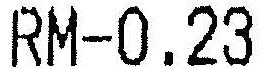
RM-0.23